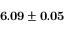
{ \bf 6 . 0 9 \pm 0 . 0 5 }